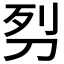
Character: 𭃖